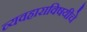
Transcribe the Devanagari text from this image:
व्यवहाराविषयीचे